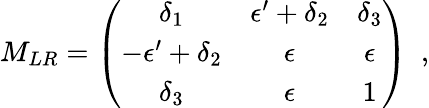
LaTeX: M_{LR}=\left(\begin{array}{ccc}{{\delta_{1}}}&{{\epsilon^{\prime}+\delta_{2}}}&{{\delta_{3}}}\\ {{-\epsilon^{\prime}+\delta_{2}}}&{{\epsilon}}&{{\epsilon}}\\ {{\delta_{3}}}&{{\epsilon}}&{{1}}\end{array}\right)\, \, \, ,